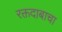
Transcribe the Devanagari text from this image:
रक्तदाबाचा